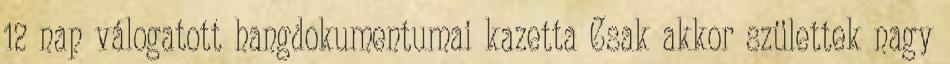
12 nap válogatott hangdokumentumai kazetta Csak akkor születtek nagy